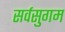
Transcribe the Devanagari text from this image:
सर्वसुगम